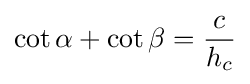
\cot \alpha +\cot \beta ={\frac {c}{h_{c}}}